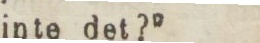
inte det?”